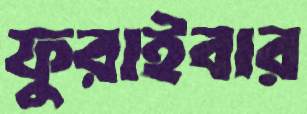
ফুরাইবার